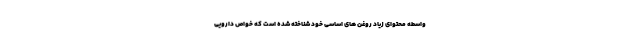
واسطه محتوای زیاد روغن های اساسی خود شناخته شده است که خواص دارویی